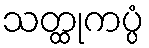
သတ္ထုကပ္ပံ